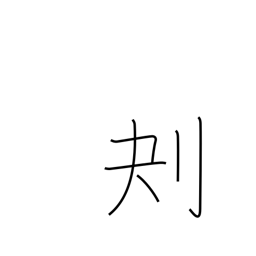
Meaning: scoop out